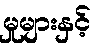
မှုများနှင့်